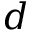
d